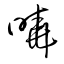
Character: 暁